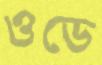
ওডে